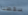
سقطنا